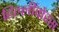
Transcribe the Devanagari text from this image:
हिल्लीवोरस